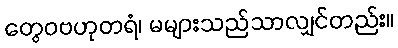
တွေဝဗဟုတရံ၊ မများသည်သာလျှင်တည်း။